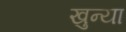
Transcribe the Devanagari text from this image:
खुन्या